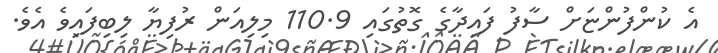
އެ ކުންފުންޏަށް ސާފު ފައިދާގެ ގޮތުގައި 110.9 މިލިއަން ރުފިޔާ ލިބިފައިވެ އެވެ.